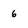
Character: 6